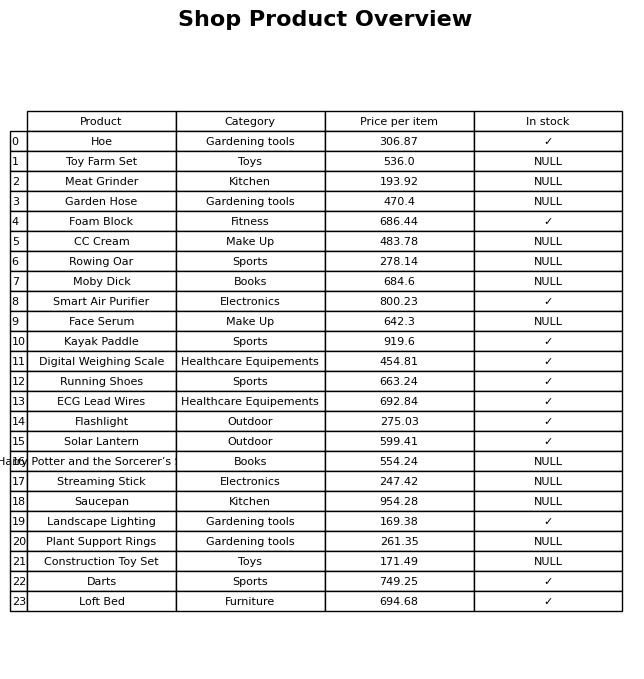
question: What is the price of the Harry Potter and the Sorcerer’s Stone?
answer: The price of Harry Potter and the Sorcerer’s Stone is 554.24.